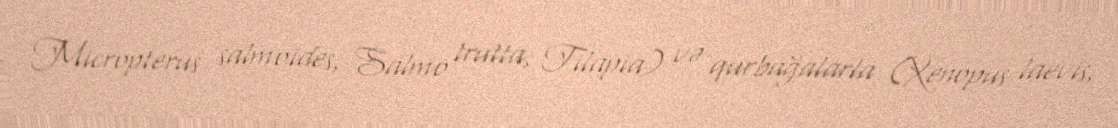
Micropterus salmoides, Salmo trutta, Tilapia) və qurbağalarla (Xenopus laevis,